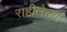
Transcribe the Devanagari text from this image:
राहीलेल्या